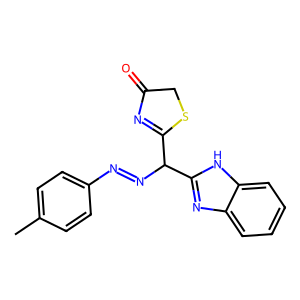
SMILES: Cc1ccc(N=NC(C2=NC(=O)CS2)c2nc3ccccc3[nH]2)cc1
Inhibits HIV replication: No